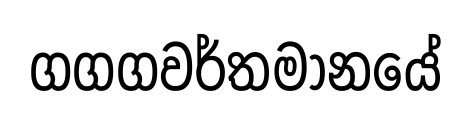
ගගගවර්තමානයේ